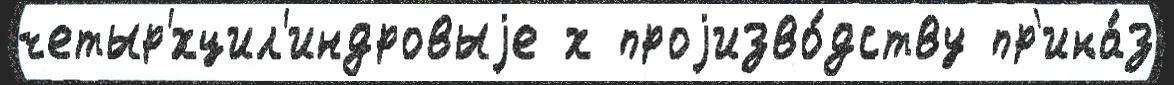
четыр'́хцил'индровыjе х проjизво́дству пр'ика́з